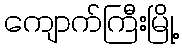
ကျောက်ကြီးမြို့